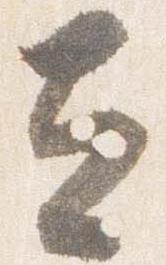
立